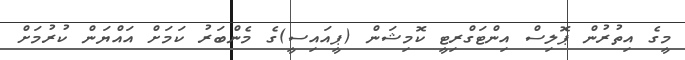
މީގެ އިތުރުން ޕޮލިސްް އިންޓަގްރިޓީ ކޮމިޝަން (ޕީއައިސީ)ގެ މެންބަރު ކަމަށް އައްޔަން ކުރުމަށް